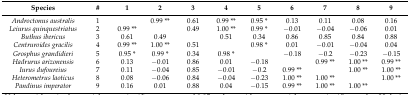
<table><thead><tr><td><b>Species</b></td><td><b>#</b></td><td><b>1</b></td><td><b>2</b></td><td><b>3</b></td><td><b>4</b></td><td><b>5</b></td><td><b>6</b></td><td><b>7</b></td><td><b>8</b></td><td><b>9</b></td></tr></thead><tbody><tr><td><i>Androctonus australis</i></td><td>1</td><td></td><td>0.99 **</td><td>0.61</td><td>0.99 **</td><td>0.95 *</td><td>0.13</td><td>0.11</td><td>0.08</td><td>0.16</td></tr><tr><td><i>Leiurus quinquestriatus</i></td><td>2</td><td>0.99 **</td><td></td><td>0.49</td><td>1.00 **</td><td>0.99 *</td><td>−0.01</td><td>−0.04</td><td>−0.06</td><td>0.01</td></tr><tr><td><i>Buthus ibericus</i></td><td>3</td><td>0.61</td><td>0.49</td><td></td><td>0.51</td><td>0.34</td><td>0.86</td><td>0.85</td><td>0.84</td><td>0.88</td></tr><tr><td><i>Centruroides gracilis</i></td><td>4</td><td>0.99 **</td><td>1.00 **</td><td>0.51</td><td></td><td>0.98 *</td><td>0.01</td><td>−0.01</td><td>−0.04</td><td>0.04</td></tr><tr><td><i>Grosphus grandidieri</i></td><td>5</td><td>0.95 *</td><td>0.99 *</td><td>0.34</td><td>0.98 *</td><td></td><td>−0.18</td><td>−0.2</td><td>−0.23</td><td>−0.15</td></tr><tr><td><i>Hadrurus arizonensis</i></td><td>6</td><td>0.13</td><td>−0.01</td><td>0.86</td><td>0.01</td><td>−0.18</td><td></td><td>0.99 **</td><td>1.00 **</td><td>0.99 **</td></tr><tr><td><i>Iurus dufoureius</i></td><td>7</td><td>0.11</td><td>−0.04</td><td>0.85</td><td>−0.01</td><td>−0.2</td><td>0.99 **</td><td></td><td>1.00 **</td><td>1.00 **</td></tr><tr><td><i>Heterometrus laoticus</i></td><td>8</td><td>0.08</td><td>−0.06</td><td>0.84</td><td>−0.04</td><td>−0.23</td><td>1.00 **</td><td>1.00 **</td><td></td><td>1.00 **</td></tr><tr><td><i>Pandinus imperator</i></td><td>9</td><td>0.16</td><td>0.01</td><td>0.88</td><td>0.04</td><td>−0.15</td><td>0.99 **</td><td>1.00 **</td><td>1.00 **</td><td></td></tr></tbody></table>